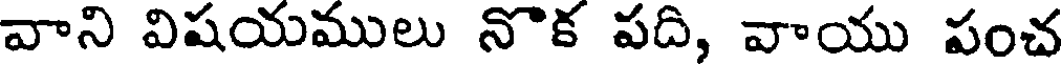
వాని విషయములు నొక పది, వాయు పంచ